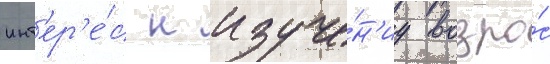
инт'ер'е́с к изуче́н'иу возро́с